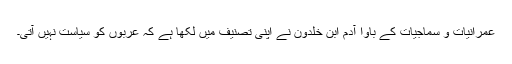
عمرانیات و سماجیات کے باوا آدم ابن خلدون نے اپنی تصنیف میں لکھا ہے کہ عربوں کو سیاست نہیں آتی۔